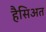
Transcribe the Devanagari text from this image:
हैसिअत